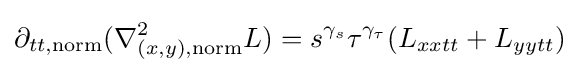
\partial _{tt,\mathrm {norm} }(\nabla _{(x,y),\mathrm {norm} }^{2}L)=s^{\gamma _{s}}\tau ^{\gamma _{\tau }}(L_{xxtt}+L_{yytt})